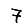
Digit: 7